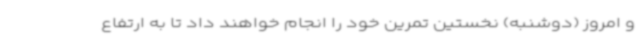
و امروز (دوشنبه) نخستین تمرین خود را انجام خواهند داد تا به ارتفاع